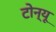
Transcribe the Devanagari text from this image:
टोन्यू